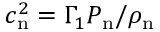
c _ { \mathrm { n } } ^ { 2 } = \Gamma _ { 1 } P _ { \mathrm { n } } / \rho _ { \mathrm { n } }